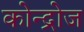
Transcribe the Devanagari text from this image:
कोन्द्रोज